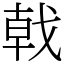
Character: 戟